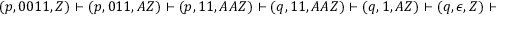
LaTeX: ( p , 0 0 1 1 , Z ) \vdash ( p , 0 1 1 , A Z ) \vdash ( p , 1 1 , A A Z ) \vdash ( q , 1 1 , A A Z ) \vdash ( q , 1 , A Z ) \vdash ( q , \epsilon , Z ) \vdash ( r , \epsilon , Z )